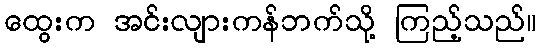
ထွေးက အင်းလျားကန်ဘက်သို့ ကြည့်သည်။